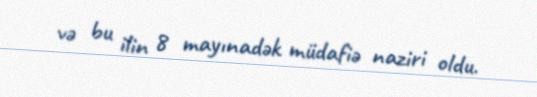
və bu ilin 8 mayınadək müdafiə naziri oldu.